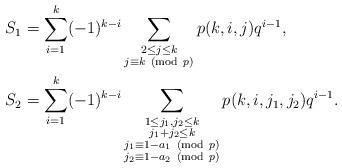
LaTeX: \begin{align*}S_1 &=\sum_{i=1}^k (-1)^{k-i}\sum_{\substack{2\leq j\leq k\\ j\equiv k\ ({\rm mod}\ p)}}p(k,i,j) q^{i-1},\\S_2 &=\sum_{i=1}^k (-1)^{k-i}\sum_{\substack{1\leq j_1,j_2\leq k\\ j_1+j_2\leq k\\ j_1\equiv 1-a_1\ ({\rm mod}\ p) \\ j_2\equiv 1-a_2\ ({\rm mod}\ p)}} p(k,i,j_1,j_2) q^{i-1}.\end{align*}